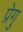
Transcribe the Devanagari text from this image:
प्रेगु